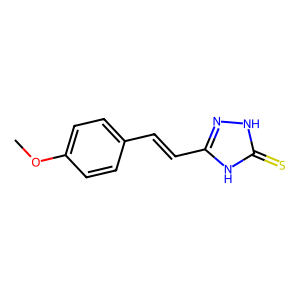
SMILES: COc1ccc(C=Cc2n[nH]c(=S)[nH]2)cc1
Inhibits HIV replication: No